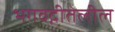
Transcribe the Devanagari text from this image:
भगवद्गीतेलील